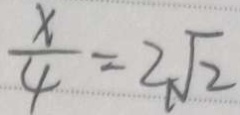
\frac { x } { 4 } = 2 \sqrt { 2 }